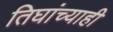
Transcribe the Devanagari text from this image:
तिघांच्याही